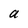
Character: a